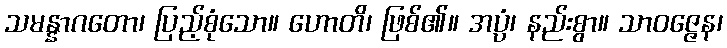
သမန္နာဂတော၊ ပြည့်စုံသော။ ဟောတိ၊ ဖြစ်၏။ အပ္ပံ၊ နည်းစွာ။ သာဝဇ္ဇေန၊